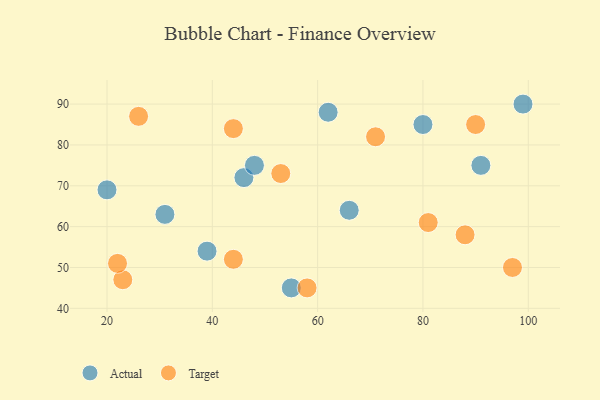
{"axis": {"x": "GDP", "y": "Life Expectancy"}, "legend": ["Actual", "Target"], "data": [{"x": "55", "y": 45, "type": "Actual"}, {"x": "91", "y": 75, "type": "Actual"}, {"x": "31", "y": 63, "type": "Actual"}, {"x": "39", "y": 54, "type": "Actual"}, {"x": "62", "y": 88, "type": "Actual"}, {"x": "80", "y": 85, "type": "Actual"}, {"x": "20", "y": 69, "type": "Actual"}, {"x": "66", "y": 64, "type": "Actual"}, {"x": "99", "y": 90, "type": "Actual"}, {"x": "46", "y": 72, "type": "Actual"}, {"x": "48", "y": 75, "type": "Actual"}, {"x": "90", "y": 85, "type": "Target"}, {"x": "26", "y": 87, "type": "Target"}, {"x": "88", "y": 58, "type": "Target"}, {"x": "23", "y": 47, "type": "Target"}, {"x": "53", "y": 73, "type": "Target"}, {"x": "58", "y": 45, "type": "Target"}, {"x": "44", "y": 52, "type": "Target"}, {"x": "71", "y": 82, "type": "Target"}, {"x": "97", "y": 50, "type": "Target"}, {"x": "81", "y": 61, "type": "Target"}, {"x": "22", "y": 51, "type": "Target"}, {"x": "44", "y": 84, "type": "Target"}]}